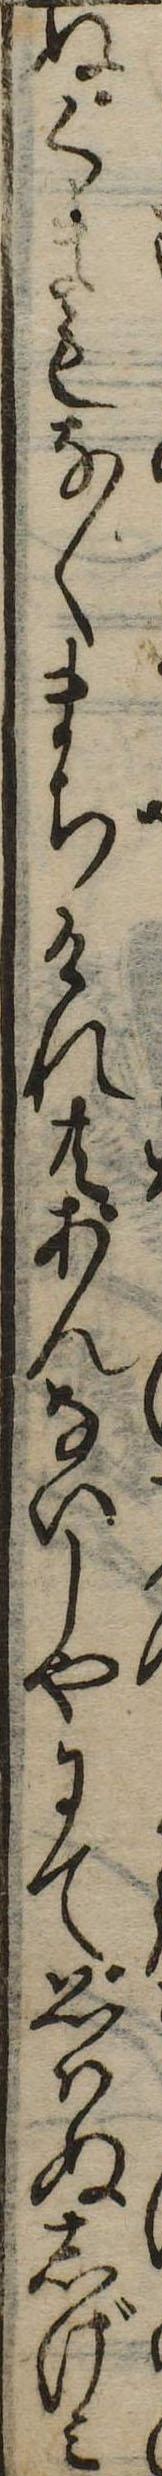
ぬくまもなくまちけれ共あんないしやにて思はぬしげみ